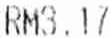
RM3.17